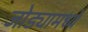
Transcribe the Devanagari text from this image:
जोड्यामध्ये